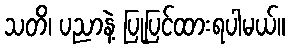
သတိ၊ ပညာနဲ့ ပြုပြင်ထားရပါမယ်။